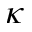
\kappa